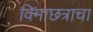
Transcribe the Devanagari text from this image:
विमाछत्राचा